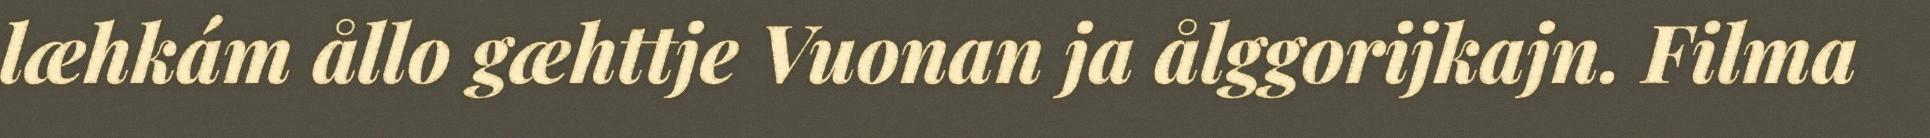
læhkám ållo gæhttje Vuonan ja ålggorijkajn. Filma